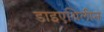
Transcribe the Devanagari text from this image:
डाइएथिलीन